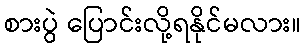
စားပွဲ ပြောင်းလို့ရနိုင်မလား။